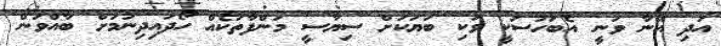
އަދި އޭނާ ވަނީ އެބަހުސަކީ ވަކި ބަޔަކަށް ސިޔާސީ މަންފާތަކެއް ހޯދައިދިނުމަށް ބާއްވަން